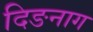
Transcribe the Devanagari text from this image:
दिङनाग